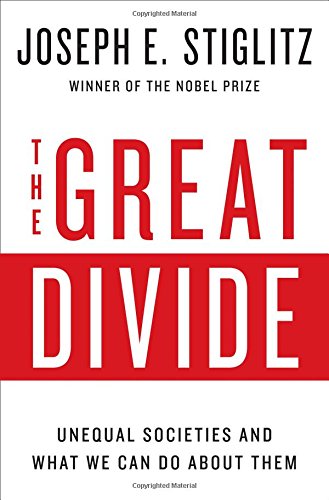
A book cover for The Great Divide: Unequal Societies and What We Can Do About Them; Joseph E. Stiglitz; Business & Money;